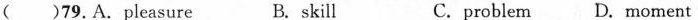
( )79,A. pleasure B. skill C.problem D. moment